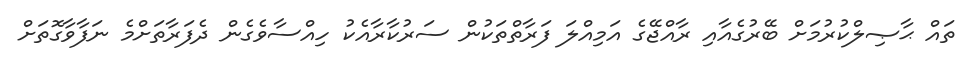
ތައް ޙާޞިލްކުރުމަށް ބޭރުގެއާއި ރާއްޖޭގެ އަމިއްލަ ފަރާތްތަކުން ސަރުކާރާއެކު ހިއްސާވެގެން ދެފަރާތަށްމެ ނަފާވާގޮތަށް